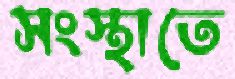
সংস্থাতে